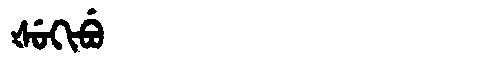
Manchu: ᡧᡠᡴᡳᠪᡠ
Romanization: ŠUKIBU